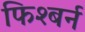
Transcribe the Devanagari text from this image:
फिश्बर्न